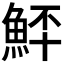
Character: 𩶨